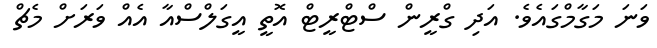
ވަނަ މަގާމްގައެވެ. އަދި ގްރީން ސްޓްރީޓް އޮތީ އީގަލްސްއާ އެއް ވަރަށް މެޗް